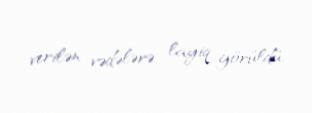
verilən vədələrə layiq görüldü.